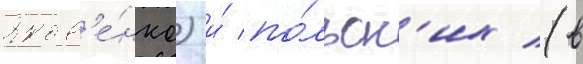
Яков'е́нко) и́ по́льск'их (в